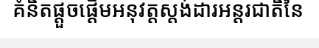
គំនិតផ្តួចផ្តើមអនុវត្តស្តង់ដារអន្តរជាតិនៃ